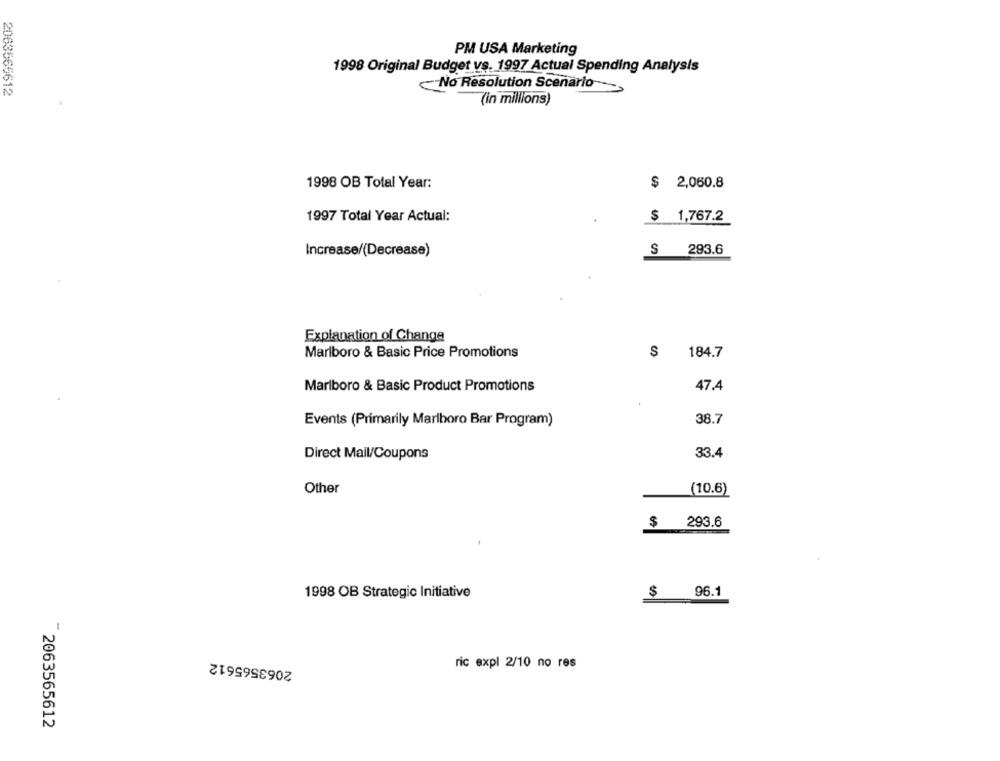
PM USA Marketing
1998 Original Budget vs. 1997 Actual Spending Analysis
2063566612
No Resolution Scenario
(in millions)
1998 OB Total Year:
$ 2,060.8
1997 Total Year Actual:
$ 1,767.2
Increase/(Decrease)
$ 293.6
Explanation of Change
Marlboro & Basic Price Promotions
$ 184.7
Marlboro & Basic Product Promotions
47.4
Events (Primarily Marlboro Bar Program)
38.7
Direct Mail/Coupons
33.4
Other
(10.6)
$ 293.6
1998 OB Strategic Initiative
$ 96.1
2063565612
ric expl 2/10 no res
2063565612